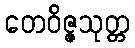
တေဝိဇ္ဇသုတ္တ